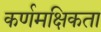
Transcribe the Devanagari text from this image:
कर्णमक्षिकता